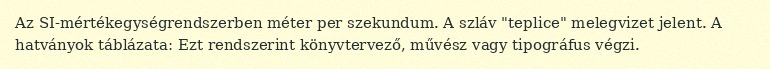
Az SI-mértékegységrendszerben méter per szekundum. A szláv "teplice" melegvizet jelent. A hatványok táblázata: Ezt rendszerint könyvtervező, művész vagy tipográfus végzi.